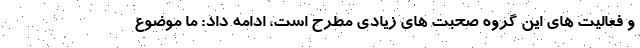
و فعالیت های این گروه صحبت های زیادی مطرح است، ادامه داد: ما موضوع